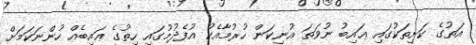
އަތުގެ ކަށިތަކުގައި ޢައިބު ނުވަތަ އުނިކަން ހުރުމާއެކު އުފެދުމުގައި ހިތުގެ ޢައިބެއް ހުންނަކަމަށް